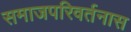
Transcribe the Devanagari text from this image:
समाजपरिवर्तनास